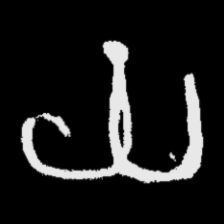
Pyu character \u2014 Myanmar letter: ယ (romanized: ya)